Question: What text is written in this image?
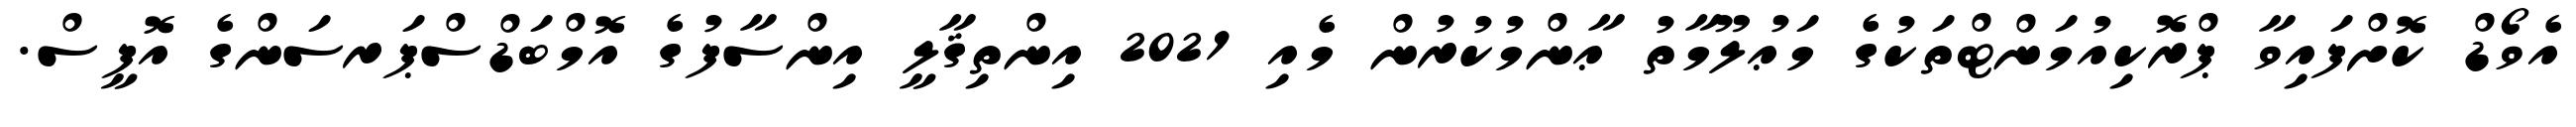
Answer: އެވޯޑް ކޮށްފައިވާ ޕްރޮކިއުމަންޓްތަކުގެ މަޢުލޫމާތު ޢާންމުކުރުން މެއި 2021 އިންތިޤާލީ އިންސާފުގެ އޮމްބަޑްސްޕަރސަންގެ އޮފީސް.